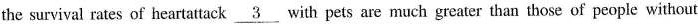
the survival rates of heartattack \underline{3} with pets are much greater than those of people without